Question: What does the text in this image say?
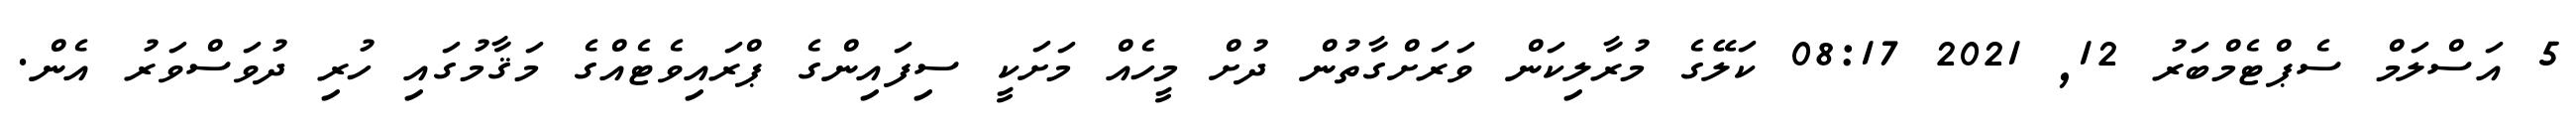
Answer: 5 އަސްލަމް ސެޕްޓެމްބަރު 12, 2021 08:17 ކަލޭގެ މުރާލިކަން ވަރަށްގާތުން ދުށް މީހެއް މަށަކީ ސިފައިންގެ ޕްރައިވެޓެއްގެ މަޤާމުގައި ހުރި ދުވަސްވަރު އެން.